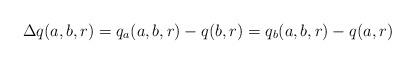
LaTeX: \begin{align*}\Delta q(a,b,r)=q_{a}(a,b,r)-q(b,r)=q_{b}(a,b,r)-q(a,r)\end{align*}